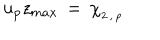
LaTeX: u _ { p } z _ { m a x } \, = \, \chi _ { _ { 2 \, , \, p } }